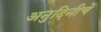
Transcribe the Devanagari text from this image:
अनुदिनीचे